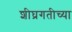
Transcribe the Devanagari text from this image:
शीघ्रगतीच्या